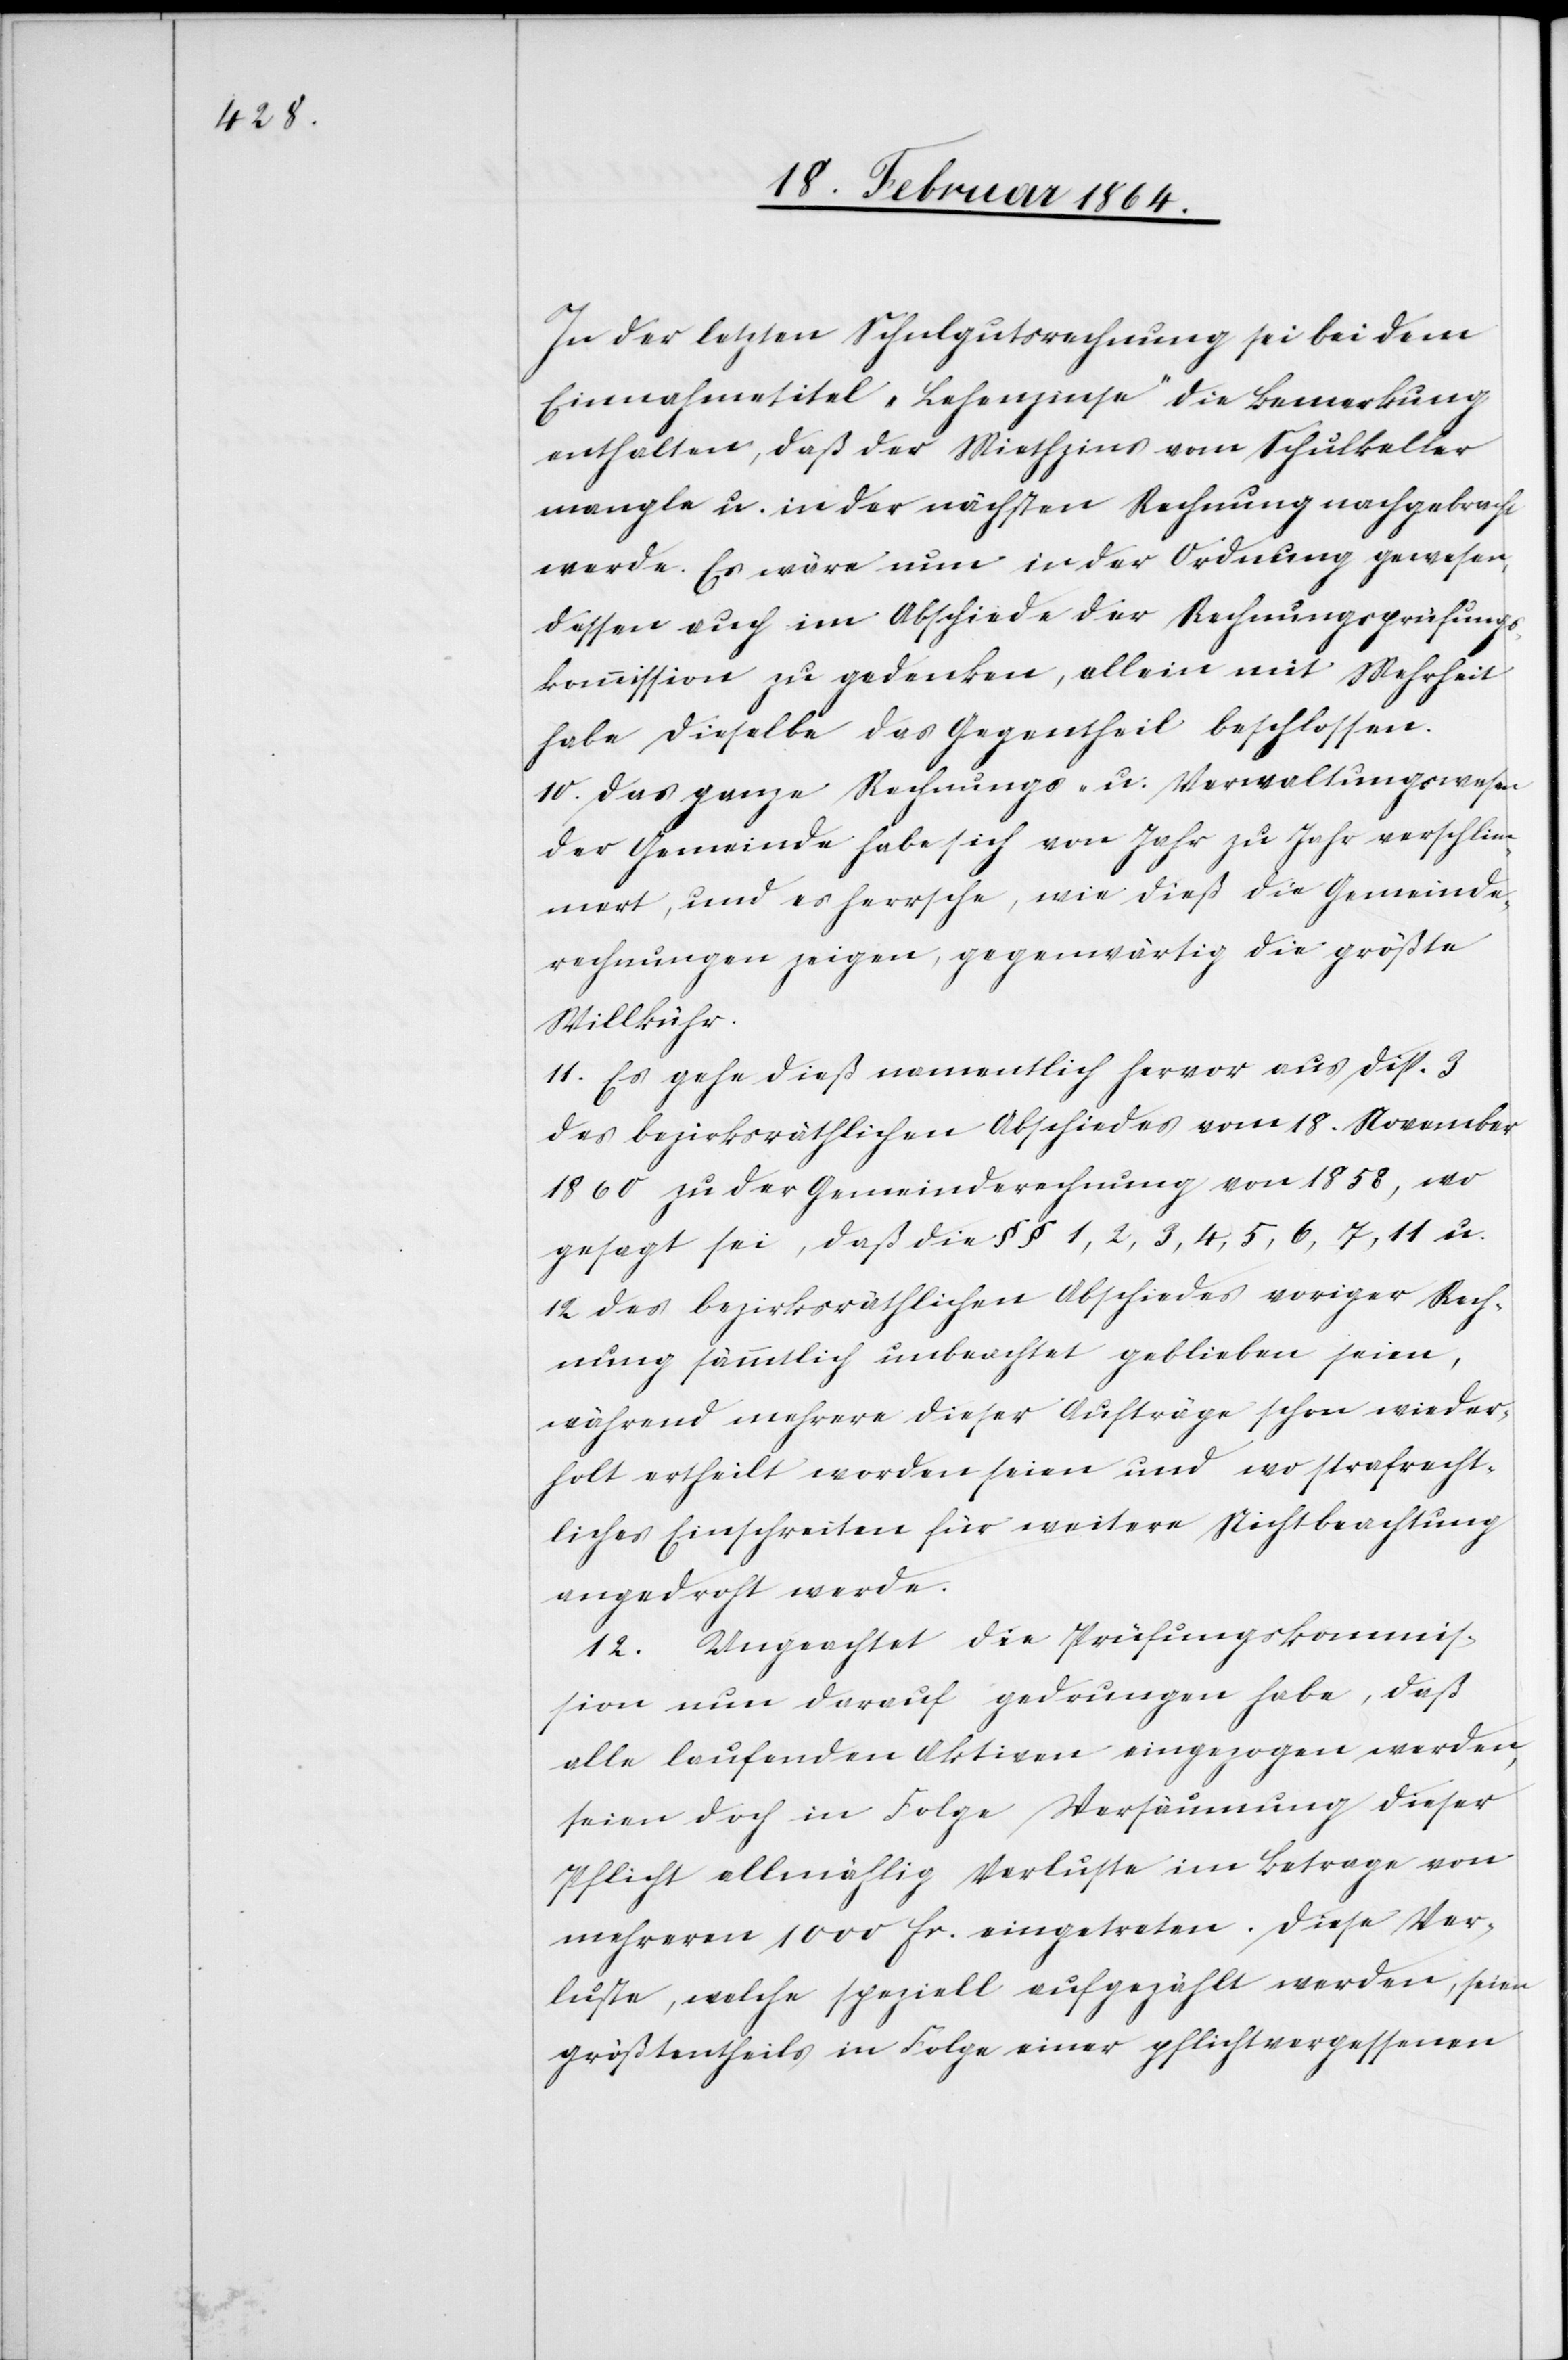
In der letzten Schulgutsrechnung sei bei dem
Einnahmetitel „Lehenzinse“ die Bemerkung
enthalten, daß der Miethzins vom Schulkeller
mangle u. in der nächsten Rechnung nachgebracht
werde. Es wäre nun in der Ordnung gewesen,
dessen auch im Abschiede der Rechnungsprüfungs¬
kommission zu gedenken, allein mit Mehrheit
habe dieselbe das Gegentheil beschlossen.
10. Das ganze Rechnungs- u. Verwaltungswesen
der Gemeinde habe sich von Jahr zu Jahr verschlim¬
mert, und es herrsche, wie dieß die Gemeinde¬
rechnungen zeigen, gegenwärtig die größte
Willkühr.
11. Es gehe dieß namentlich hervor aus Disp. 3
des bezirksräthlichen Abschiedes vom 18. November
1860 zu der Gemeinderechnung von 1838, wo
gesagt sei, daß die §§ 1, 2, 3, 4, 5, 6, 7, 11 u.
12. des bezirksräthlichen Abschiedes voriger Rech¬
nung sämmtlich unbeachtet geblieben seien,
während mehrere dieser Aufträge schon wieder¬
holt ertheilt worden seien und wo strafrecht¬
liches Einschreiten für weitere Nichtbeachtung
angedroht werde.
12. Ungeachtet die Prüfungskommis¬
sion nun darauf gedrungen habe, daß
alle laufenden Aktien eingezogen werden,
seien doch in Folge Versäumung dieser
Pflicht allmählich Verluste im Betrage von
mehreren 1000 fr. eingetreten. Diese Ver¬
luste, welche speziell aufgezählt werden, seien
größtentheils in Folge einer pflichtvergessenen